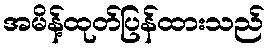
အမိန့်ထုတ်ပြန်ထားသည်